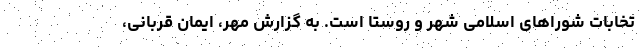
تخابات شوراهای اسلامی شهر و روستا است. به گزارش مهر، ایمان قربانی،